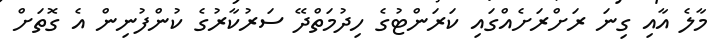
މާލެ އާއި ގިނަ ރަށްރަށެއްގައި ކަރަންޓުގެ ހިދުމަތްދޭ ސަރުކާރުގެ ކުންފުނިން އެ ގޮތަށް